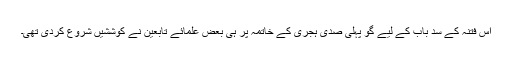
اس فتنہ کے سد باب کے لیے گو پہلی صدی ہجری کے خاتمہ پر ہی بعض علمائے تابعین نے کوششیں شروع کردی تھی۔